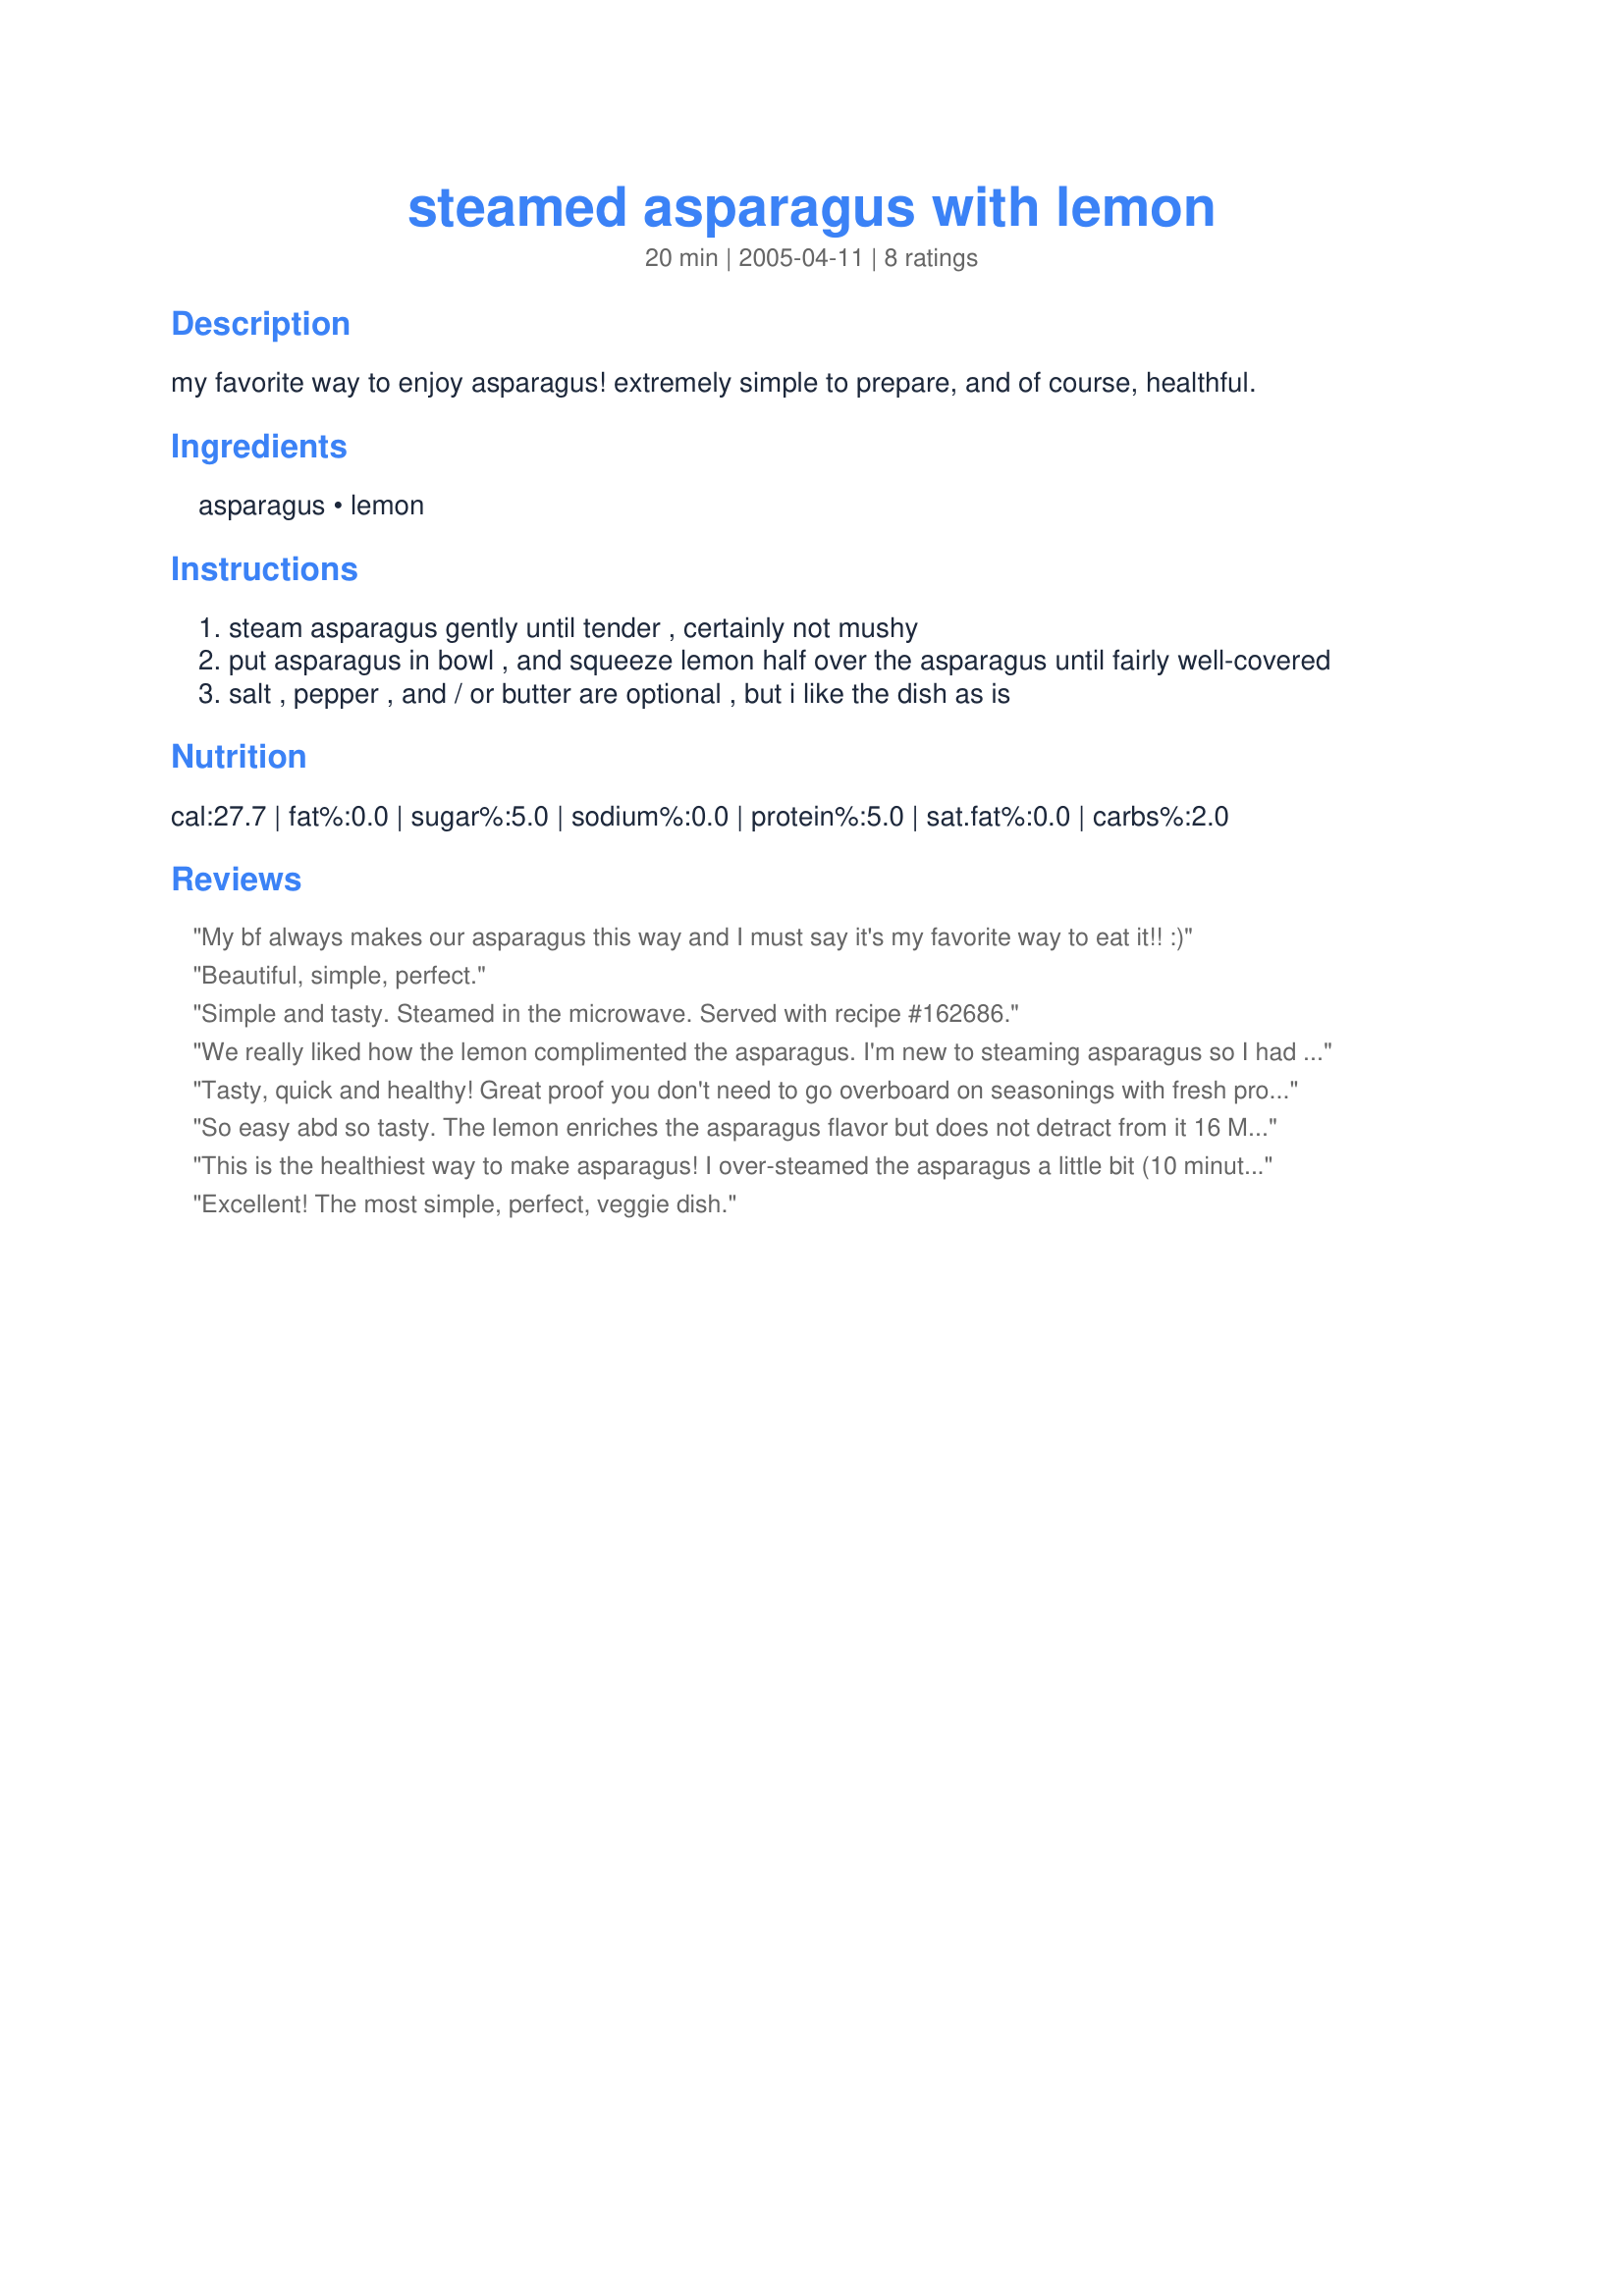
steamed asparagus with lemon
Preparation time: 20 minutes

my favorite way to enjoy asparagus! extremely simple to prepare, and of course, healthful.

Ingredients:
asparagus, lemon

Steps:
steam asparagus gently until tender , certainly not mushy
put asparagus in bowl , and squeeze lemon half over the asparagus until fairly well-covered
salt , pepper , and / or butter are optional , but i like the dish as is

Reviews:
My bf always makes our asparagus this way and I must say it's my favorite way to eat it!! :)
Beautiful, simple, perfect.
Simple and tasty. Steamed in the microwave. Served with recipe #162686.
We really liked how the lemon complimented the asparagus. I'm new to steaming asparagus so I had to guess when to check it. I had very slender stalks so I checked it at 8 minutes and it was very tender. I will definitely be using this recipe again! I served it with Recipe #151785, Recipe #42564, and Recipe #100526 for a fantastic meal. I didn't add anything else to the asparagus and it was great. Thanks for sharing such a "pure" way of fixing it! :)
Tasty, quick and healthy! Great proof you don't need to go overboard on seasonings with fresh produce.
So easy abd so tasty. The lemon enriches the asparagus flavor but does not detract from it

16 May 09 I use this recipe over & over againThanks rochsann
This is the healthiest way to make asparagus! I over-steamed the asparagus a little bit (10 minutes for thick stalks) but it was still wonderful. The lemon adds a nice tartness to the asparagus. Thanks for posting!
Excellent! The most simple, perfect, veggie dish.
